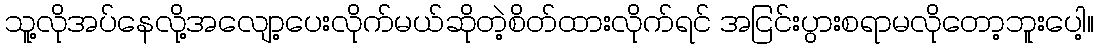
သူ့လိုအပ်နေလို့အလျော့ပေးလိုက်မယ်ဆိုတဲ့စိတ်ထားလိုက်ရင် အငြင်းပွားစရာမလိုတော့ဘူးပေါ့။